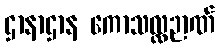
ဌာနာဌာန ကောသလ္လဉာဏ်